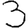
Digit: 3